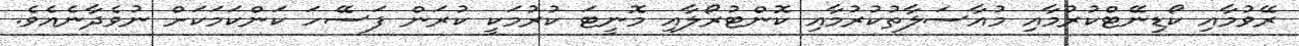
ރޭވުމާއި ކޯޑިނޭޓްކުރުމާއި މުއާސަލާތުކުރުމާއި ކޮންޓުރޯލާއި މޮނީޓަ ކުރުމަކީ ކުރަން ފަސޭހަ ކަންކަމަކަށް ނުވެދާނެއެވެ.